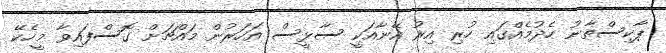
ޕާކިސްތާނު ހެދުމެއްގައި ހުރި އިރު އޭނާއަކީ ސާޅީސް އަހަރުން މައްޗަށް ގޮސްފައިވާ މީހެކޭ